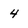
Character: 4